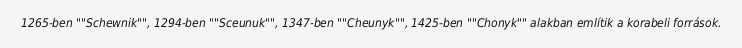
1265-ben ""Schewnik"", 1294-ben ""Sceunuk"", 1347-ben ""Cheunyk"", 1425-ben ""Chonyk"" alakban említik a korabeli források.